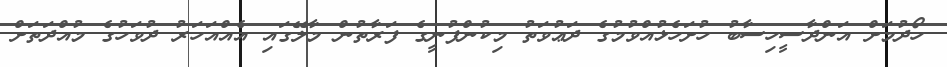
ހޯދުމަށް އަންދާސީހިސާބު ހުށަހެޅުއްވުމުގެ ދަޢުވަތު މިކުންފުނީގެ ފަރާތުން މާލޭގައި އެއްއަހަރު ދުވަހުގެ މުއްދަތަށް